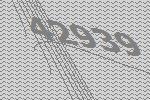
42939